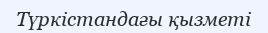
Түркістандағы қызметі